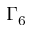
\Gamma _ { 6 }